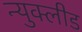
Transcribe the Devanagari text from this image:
न्युक्लीड